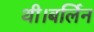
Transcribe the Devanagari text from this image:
थी।बर्लिन